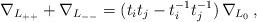
LaTeX: \begin{align*}\nabla_{L_{++}} + \nabla_{L_{--}} = (t_it_j -t_i^{-1}t_j^{-1})\,\nabla_{L_0}\,,\end{align*}